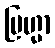
ဗြဟ္မာ